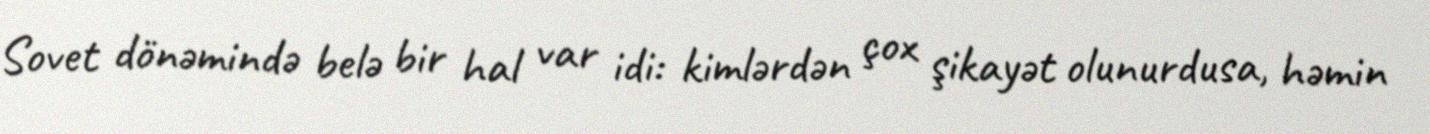
Sovet dönəmində belə bir hal var idi: kimlərdən çox şikayət olunurdusa, həmin